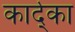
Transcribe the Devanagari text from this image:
कार्द्का